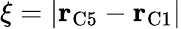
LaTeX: \xi=\left|\mathbf{r}_{\mathrm{C5}}-\mathbf{r}_{\mathrm{C1}}\right|